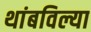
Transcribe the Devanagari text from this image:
थांबविल्या